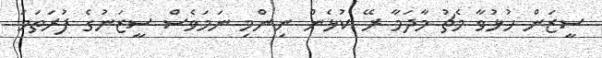
ސީޒަން ހުޅުވާ މެޗު މާދަމާ ރޭ ކުޅެން ނިންމި ނަމަވެސް ސީޒަނުގެ ފުރަތަމަ